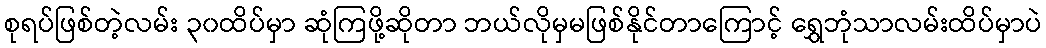
စုရပ်ဖြစ်တဲ့လမ်း ၃၀ထိပ်မှာ ဆုံကြဖို့ဆိုတာ ဘယ်လိုမှမဖြစ်နိုင်တာကြောင့် ရွှေဘုံသာလမ်းထိပ်မှာပဲ